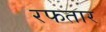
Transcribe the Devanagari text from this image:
रफतार